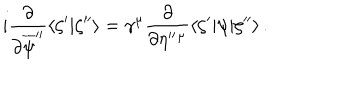
LaTeX: i \frac { \partial } { \partial \overline { { { \psi } } } ^ { \prime \prime } } \langle \zeta ^ { \prime } | \zeta ^ { \prime \prime } \rangle = \gamma ^ { \mu } \frac { \partial } { \partial \eta ^ { \prime \prime } { } ^ { \mu } } \langle \zeta ^ { \prime } | \psi | \zeta ^ { \prime \prime } \rangle \, .